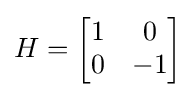
H={\begin{bmatrix}1&0\\0&-1\end{bmatrix}}